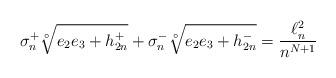
LaTeX: \begin{align*}\sigma_n^+\sqrt[\circ ]{e_2e_3+h_{2n}^+}+\sigma_n^-\sqrt[\circ ]{e_2e_3+h_{2n}^-}= \frac{\ell^2_n }{n^{N+1}}\end{align*}